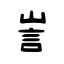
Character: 訔